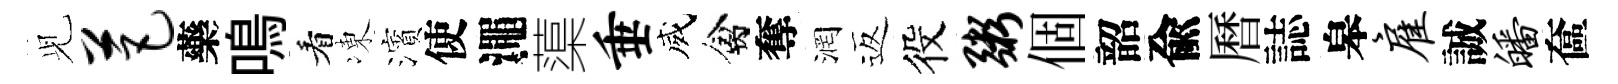
𫤗芭藥鳴看凍濱使澠蕖垂威禽奪润返役粥個韶兪曆誌皋雇誠皤奩